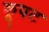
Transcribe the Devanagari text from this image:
कूपट